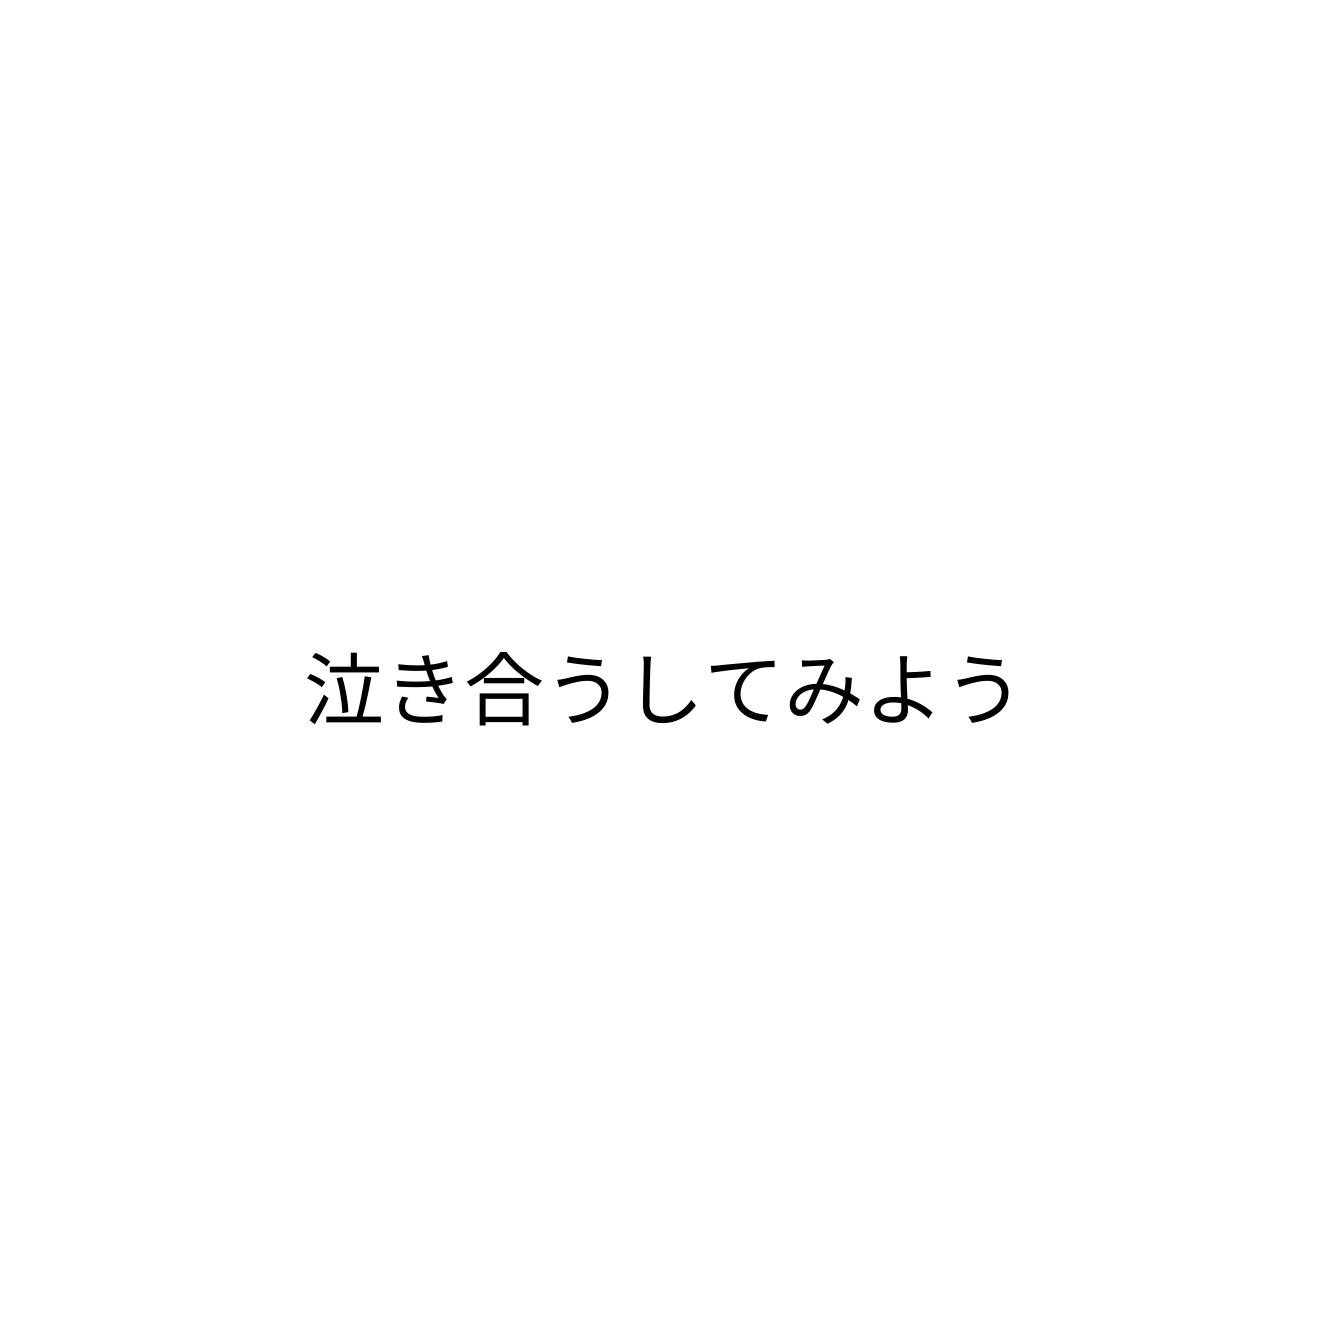
泣き合うしてみよう